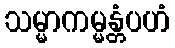
သမ္မာကမ္မန္တံပဟံ